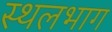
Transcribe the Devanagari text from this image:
स्थलभाग